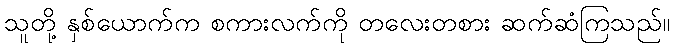
သူတို့ နှစ်ယောက်က စကားလက်ကို တလေးတစား ဆက်ဆံကြသည်။